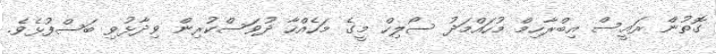
ގޮތުން ރައީސް އިބްރާހިމް މުހައްމަދު ސޯލިހް މީގެ މަހެއްހާ ދުވަސްކުރިން ވިދާޅުވި ބަސްފުޅެވެ.